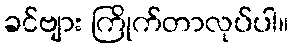
ခင်ဗျား ကြိုက်တာလုပ်ပါ။